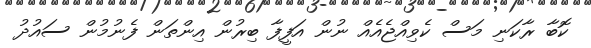
ކޮބާ ރާކަނި މަސް ކެވިއްޖެއެއް ނުން އަފީފާ ބިރުން އިންތަން ފެނުމުން ސައުދު